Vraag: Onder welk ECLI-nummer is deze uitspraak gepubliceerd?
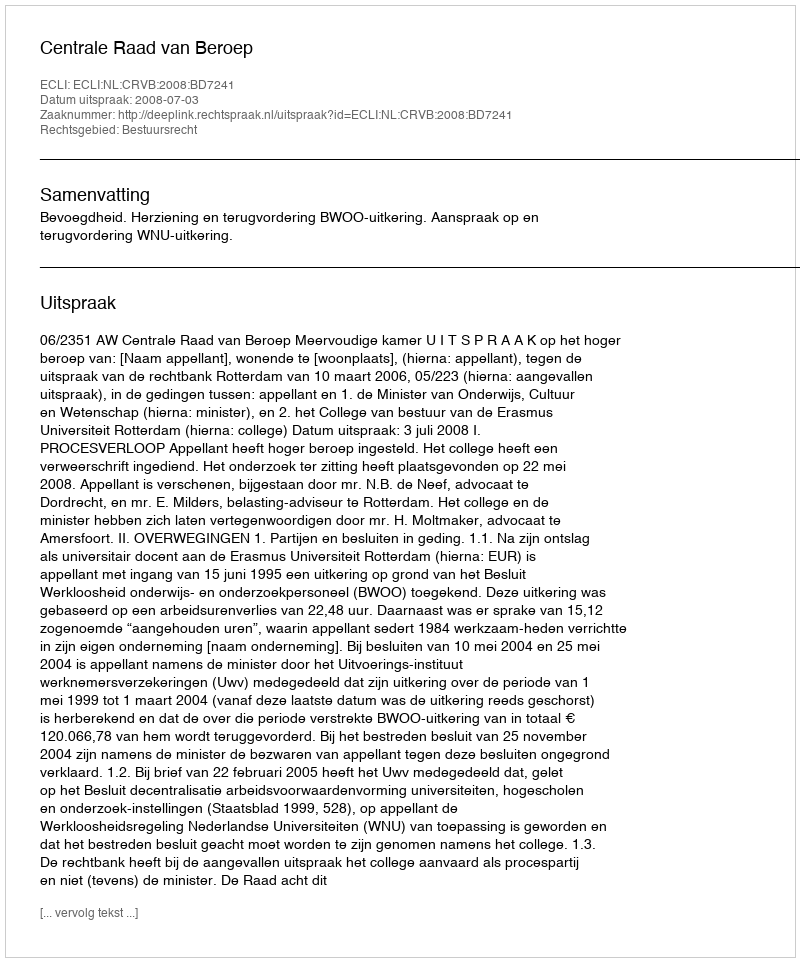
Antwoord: ECLI:NL:CRVB:2008:BD7241